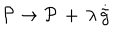
{ \cal P } \rightarrow { \cal P } \, + \, \lambda \, \dot { \tilde { g } }